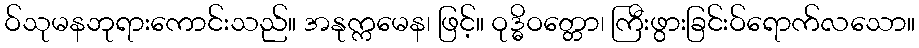
ဝ်သုမနဘုရားကောင်းသည်။ အနုက္ကမေန၊ ဖြင့်။ ဝုဒ္ဓိဝတ္တော၊ ကြီးဖွားခြင်းဝ်ရောက်လသော။